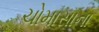
ચોમાસાના